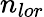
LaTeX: {n}_{lor}